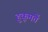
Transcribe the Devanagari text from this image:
हुकूमतें